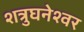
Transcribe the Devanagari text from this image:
शत्रुघनेश्वर